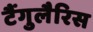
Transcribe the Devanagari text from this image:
टैंगुलैरिस